Reports on military cantonments and civil stations in the Presidency of Bombay inspected by the Sanitary Commissioner in the years 1875 and 1876
Year: 1875
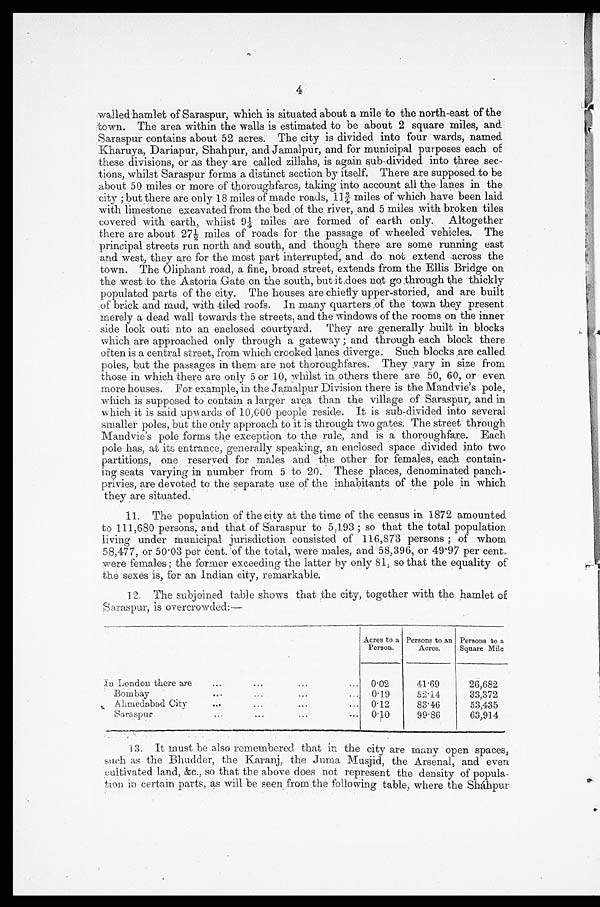
4
walled hamlet of Saraspur, which is situated about a mile to the north-east of the
town. The area within the walls is estimated to be about 2 square miles, and
Saraspur contains about 52 acres. The city is divided into four wards, named
Kharuya, Dariapur, Shahpur, and Jamalpur, and for municipal purposes each of
these divisions, or as they are called zillahs, is again sub-divided into three
sec-tions, whilst Saraspur forms a distinct section by itself. There are supposed to be
about 50 miles or more of thoroughfares, taking into account all the lanes in the
city ;but there are only 18 miles of made roads, 11¾ miles of which have been laid
with limestone excavated from the bed of the river, and 5 miles with broken tiles
covered with earth, whilst 9¼ miles are formed of earth only. Altogether
there are about 27½ miles of roads for the passage of wheeled vehicles. The
principal streets run north and south, and though there are some running east
and west, they are for the most part interrupted, and do not extend across the
town. The Oliphant road, a fine, broad street, extends from the Ellis Bridge on
the west to the Astoria Gate on the south, butit,does not go through the thickly
populated parts of the city. The houses are chiefly upper-storied, and are built
of brick and mud, with tiled roofs. In many quarters of the town they present
merely a dead wall towards the streets, and the windows of the rooms on the inner
side look outi nto an enclosed courtyard. They are generally built in blocks
which are approached only through a gateway ; and through each block there
often is a central street, from which crooked lanes diverge. Such blocks are called
poles, but the passages in them are not thoroughfares. They vary in size from
those in which there are only 5 or 10, whilst in others there are 50, 60, or even
more houses. For example, in the Jamalpur Division there is the Mandvie's pole,
which is supposed to contain a larger area than the village of Saraspur, and in
which it is said upwards of 10,000 people reside. It is sub-divided into several
smaller poles, but the only approach to it is through two gates. The street through
Mandvie's pole forms the exception to the rule, and is a thoroughfare. Each
pole has, at its entrance, generally speaking, an enclosed space divided into two
partitions, one reserved for males and the other for females, each contain-
ing seats varying in number from 5 to 20. These places, denominated panch-
privies, are devoted to the separate use of the inhabitants of the pole in which
they are situated.
11. The population of the city at the time of the census in 1872 amounted
to 111,680 persons, and that of Saraspur to 5,193 ; so that the total population
living under municipal jurisdiction consisted of 116,873 persons ; of whom
58,477, or 50.03 per cent. of the total, were males, and 58,396, or 49.97 per cent.
were females ; the former exceeding the latter by only 81, so that the equality of
the sexes is, for an Indian city, remarkable.
1.2. The subjoined table shows that the city, together with the hamlet of
Saraspur, is overcrowded:—
Acres to a
Person.
Person to an
Acres.
Persons to a.
Square Mile
In London there are
...
... ...
0.02
41.69
26,682
Bombay
...
...
... 0 . 19
52.14
33,372
Ahmedabad City...
0.12
83.46
53,435
Saraspur
...
0.10
99.86
63,914
•
13. It must be also remembered that in the city are many open spaces,
s u c h a s t h e B h u d d e r , t h e K a r a n j , t h e j u m a M u s j i d , t h e A r s e n a l , a n d e v e n
c u l t i v a t e d
land, &c., so that the above does not represent the density of popula-
tion in certain parts, as will be seen from the following table, where the Sháhpur